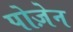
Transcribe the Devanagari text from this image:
पोज़ेन